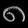
Digit: ၈